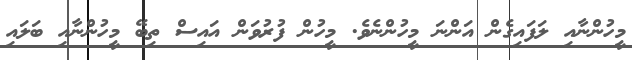
މީހުންނާއި ލަފައިގެން އަންނަ މީހުންނެވެ. މީހުން ފުރުވަން އައިސް ތިބޭ މީހުންނާއި ބަލައި